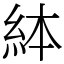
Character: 絊